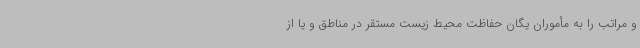
و مراتب را به مأموران یگان حفاظت محیط زیست مستقر در مناطق و یا از